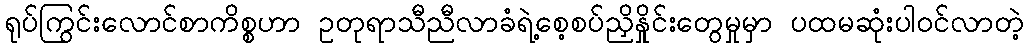
ရုပ်ကြွင်းလောင်စာကိစ္စဟာ ဥတုရာသီညီလာခံရဲ့စေ့စပ်ညှိနှိုင်းတွေမှုမှာ ပထမဆုံးပါဝင်လာတဲ့